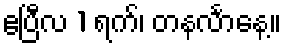
ဧပြီလ 1 ရက်၊ တနင်္လာနေ့။